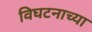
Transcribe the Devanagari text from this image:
विघटनाच्या